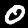
Label: 0